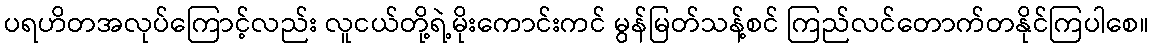
ပရဟိတအလုပ်ကြောင့်လည်း လူငယ်တို့ရဲ့မိုးကောင်းကင် မွန်မြတ်သန့်စင် ကြည်လင်တောက်တနိုင်ကြပါစေ။